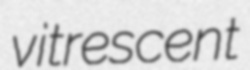
vitrescent